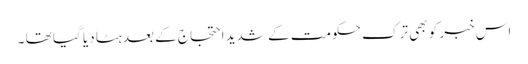
اس خبر کو بھی ترک حکومت کے شدید احتجاج کے بعد ہٹا دیا گیا تھا ۔